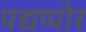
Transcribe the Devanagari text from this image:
पद्यप्पोर